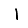
Digit: 1